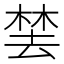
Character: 𬃚